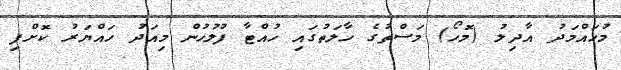
މުހައްމަދު އާދިލު (މޮހޯ) މަސްތުގެ ހާލަތުގައި ހުއްޓާ ފުލުހުން މިއަދު ހައްޔަރު ކޮށްފި